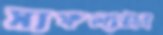
সাফল্যটাই